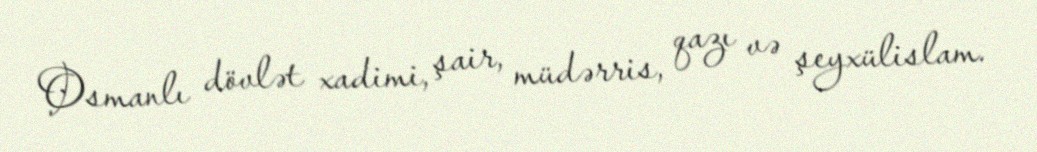
Osmanlı dövlət xadimi, şair, müdərris, qazı və şeyxülislam.